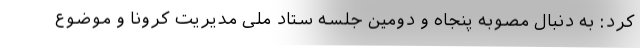
کرد: به دنبال مصوبه پنجاه و دومین جلسه ستاد ملی مدیریت کرونا و موضوع